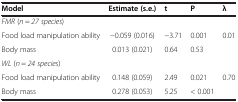
<table><thead><tr><td><b>Model</b></td><td><b>Estimate (s.e.)</b></td><td><b>t</b></td><td><b>P</b></td><td><b>λ</b></td></tr></thead><tbody><tr><td colspan="5"><i>FMR</i> (<i>n</i> = <i>27 species</i>)</td></tr><tr><td>Food load manipulation ability</td><td>-0.059 (0.016)</td><td>-3.71</td><td>0.001</td><td>0.01</td></tr><tr><td>Body mass</td><td>0.013 (0.021)</td><td>0.64</td><td>0.53</td><td> </td></tr><tr><td colspan="5"><i>WL</i> (<i>n</i> = <i>24 species</i>)</td></tr><tr><td>Food load manipulation ability</td><td>0.148 (0.059)</td><td>2.49</td><td>0.021</td><td>0.70</td></tr><tr><td>Body mass</td><td>0.278 (0.053)</td><td>5.25</td><td>&lt; 0.001</td><td> </td></tr></tbody></table>